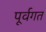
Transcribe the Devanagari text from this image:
पूर्वगत